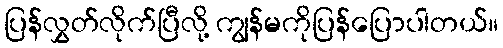
ပြန်လွှတ်လိုက်ပြီလို့ ကျွန်မကိုပြန်ပြောပါတယ်။